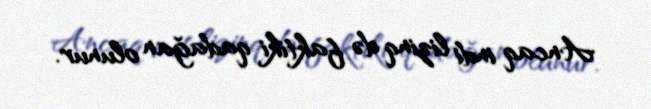
Ancaq indi lizinq də faktiki qadağan olunur.